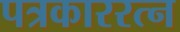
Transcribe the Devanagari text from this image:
पत्रकाररत्न